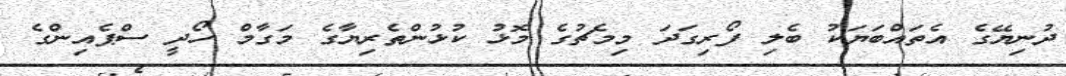
ދުނިޔޭގެ އެތައްބަޔަކު ބެލި ފޯރިގަދަ މިމެޗުގެ މޮޅު ކުޅުންތެރިޔާގެ މަގާމް ހޯދީ ސްޕެއިންގެ